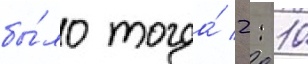
бы́ло тогда́ 2: 10